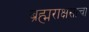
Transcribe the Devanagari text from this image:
ब्रह्मराक्षसाचा